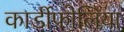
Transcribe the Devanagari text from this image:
कार्डीफोलिया